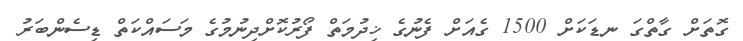
ގޮތަށް ގާތްގަ ނޑަކަށް 1500 ގެއަށް ފެނުގެ ޚިދުމަތް ފޯރުކޮށްދިނުމުގެ މަސައްކަތް ޑިސެންބަރު